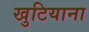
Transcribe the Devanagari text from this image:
खुटियाना